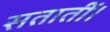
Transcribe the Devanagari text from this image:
सतातीं।